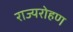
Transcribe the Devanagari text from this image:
राज्यरोहण